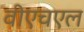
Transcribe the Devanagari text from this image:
वीएचएल